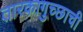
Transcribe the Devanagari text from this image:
तारकागुच्छाची